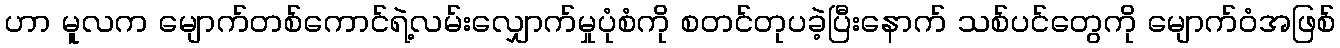
ဟာ မူလက မျောက်တစ်ကောင်ရဲ့လမ်းလျှောက်မှုပုံစံကို စတင်တုပခဲ့ပြီးနောက် သစ်ပင်တွေကို မျောက်ဝံအဖြစ်